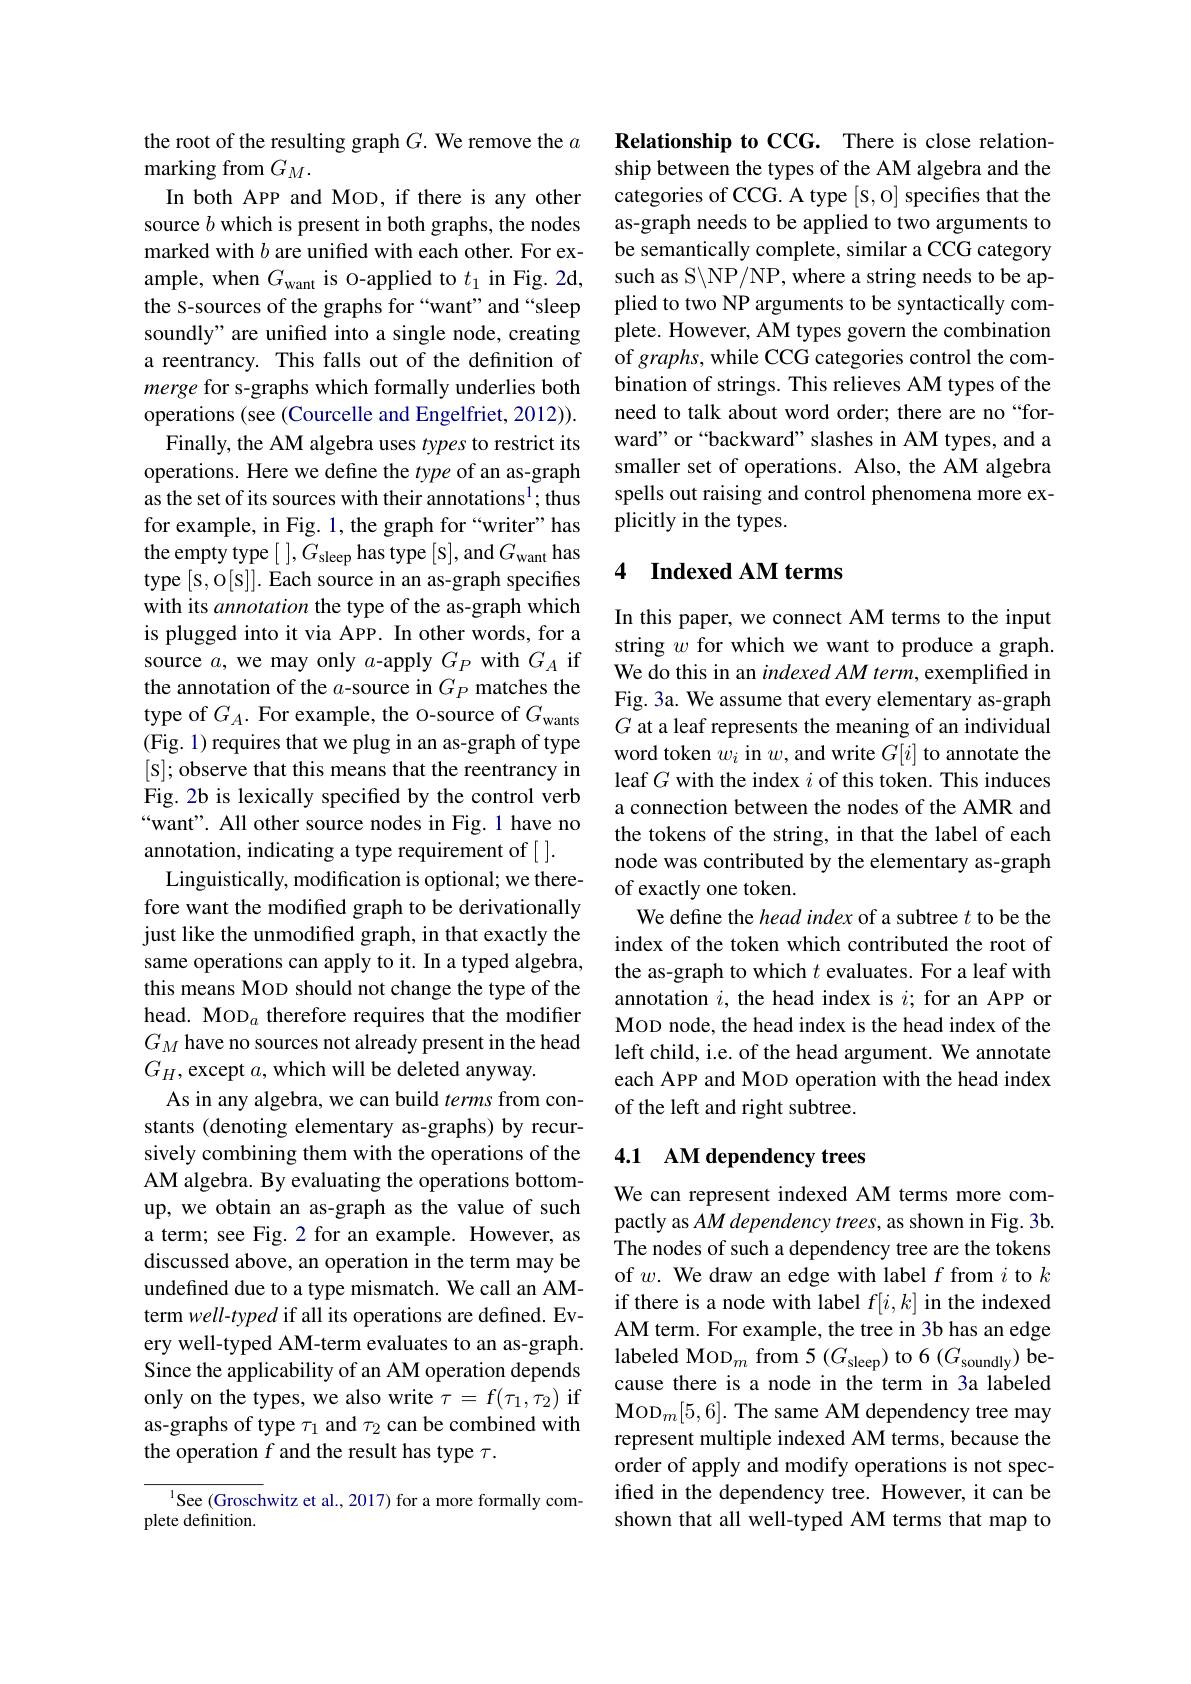
the root of the resulting graph $G.$ We remove the $a$
marking from $G_M.$
In both APP and MOD, if there is any other source $b$ which is present in both graphs, the nodes marked with $b$ are unified with each other. For example, when $G_\mathrm{want}$ is o-applied to $t_1$ in Fig. 2d, the S-sources of the graphs for “want" and “sleep soundly" are unified into a single node, creating a reentrancy. This falls out of the definition of merge for s-graphs which formally underlies both operations (see (Courcelle and Engelfriet, 2012)). Finally, the AM algebra uses types to restrict its operations. Here we define the type of an as-graph as the set of its sources with their annotations$^1;$thus for example, in Fig. 1, the graph for“writer”has the empty type [ $] , G_{\mathrm{sleep}}$ has type [s],and $G_\mathrm{want}$ has type [s,o[s]]. Each source in an as-graph specifies with its annotation the type of the as-graph which is plugged into it via APP. In other words, for a source $a$, we may only $a$-apply $G_P$ with $G_A$ if the annotation of the $a$-source in $G_P$ matches the type of $G_A.$ For example, the O-source of $G_\mathrm{wants}$ (Fig. 1) requires that we plug in an as-graph of type [s]; observe that this means that the reentrancy in Fig. 2b is lexically specified by the control verb “want”. All other source nodes in Fig.1 have no annotation, indicating a type requirement of [ ].
Linguistically, modification is optional; we therefore want the modified graph to be derivationally just like the unmodified graph, in that exactly the same operations can apply to it. In a typed algebra, this means MoD should not change the type of the head. MOD$_a$ therefore requires that the modifier $G_M$ have no sources not already present in the head $G_{H}$,except $a$,which will be deleted anyway.
As in any algebra, we can build terms from constants (denoting elementary as-graphs) by recursively combining them with the operations of the AM algebra. By evaluating the operations bottomup, we obtain an as-graph as the value of such a term; see Fig.2 for an example. However, as discussed above, an operation in the term may be undefined due to a type mismatch. We call an AMterm well-typed if all its operations are defined. Every well-typed AM-term evaluates to an as-graph. Since the applicability of an AM operation depends only on the types, we also write $\tau=f(\tau_1,\tau_2)$ if as-graphs of type $\tau_1$ and $\tau_2$ can be combined with the operation $f$ and the result has type $\tau.$

$^{1}$See (Groschwitz et al., 2017) for a more formally com-
plete definition

Relationship to CCG. There is close relationship between the types of the AM algebra and the categories of CCG. A type [S, O] specifies that the as-graph needs to be applied to two arguments to be semantically complete, similar a CCG category such as S\NP/NP, where a string needs to be applied to two NP arguments to be syntactically complete. However, AM types govern the combination of graphs, while CCG categories control the combination of strings. This relieves AM types of the need to talk about word order; there are no“forward" or“backward” slashes in AM types, and a smaller set of operations. Also, the AM algebra spells out raising and control phenomena more explicitly in the types.

## 4 Indexed AM terms

In this paper, we connect AM terms to the input string $w$ for which we want to produce a graph. We do this in an indexed AM term, exemplified in Fig. 3a. We assume that every elementary as-graph $G$ at a leaf represents the meaning of an individual word token $w_i$ in $w$,and write $G[i]$ to annotate the leaf $G$ with the index $i$ of this token. This induces a connection between the nodes of the AMR and the tokens of the string, in that the label of each node was contributed by the elementary as-graph of exactly one token.
We define the head index of a subtree $t$ to be the index of the token which contributed the root of the as-graph to which $t$ evaluates. For a leaf with annotation $i$, the head index is $i;$ for an APP or MOD node, the head index is the head index of the left child, i.e. of the head argument. We annotate each APP and MoD operation with the head index of the left and right subtree.

## 4.1 AM dependency trees

We can represent indexed AM terms more compactly as $AM$ dependency trees, as shown in Fig. 3b The nodes of such a dependency tree are the tokens of $w. \textbf{ We draw an edge with label }f$ from $i$ to $k$ if there is a node with label $f[i,k]$ in the indexed AM term. For example, the tree in 3b has an edge labeled MoD$_m$ from 5 ($G_\mathrm{sleep})$ to 6($G_\mathrm{soundly})$ because there is a node in the term in 3a labeled $\mathrm{Mop}_{m}[5,6].$ The same AM dependency tree may represent multiple indexed AM terms, because the order of apply and modify operations is not specifed in the dependency tree. However, it can be shown that all well-typed AM terms that map to